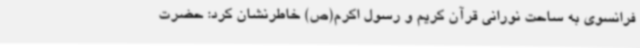
فرانسوی به ساحت نورانی قرآن کریم و رسول اکرم(ص) خاطرنشان کرد: حضرت